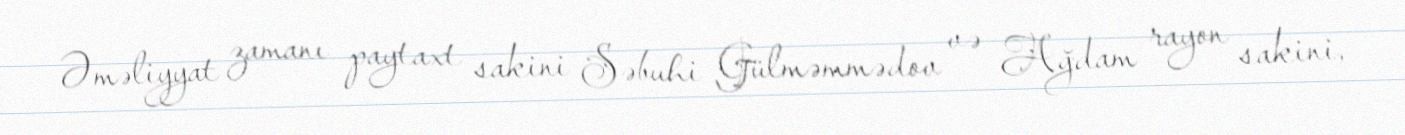
Əməliyyat zamanı paytaxt sakini Səbuhi Gülməmmədov və Ağdam rayon sakini,